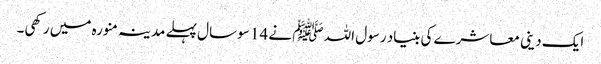
ایک دینی معاشرے کی بنیاد رسول اللہ ﷺ نے 14 سو سال پہلے مدینہ منورہ میں رکھی۔